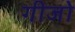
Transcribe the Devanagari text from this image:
गीजो